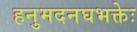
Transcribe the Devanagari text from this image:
हनुमदनघभक्तेः